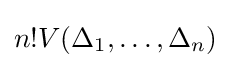
n!V(\Delta _{1},\ldots ,\Delta _{n})